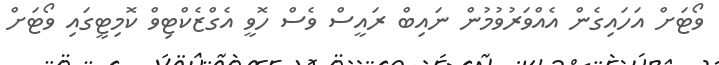
ވޯޓަށް އަހައިގެން އެއްވަރުވުމުން ނައިބް ރައީސް ވެސް ހޮވީ އެގްޒެކްޓިވް ކޮމިޓީގައި ވޯޓަށް